Statistical return of the lunatic asylum in Assam - 1912-1932
Year: 1912
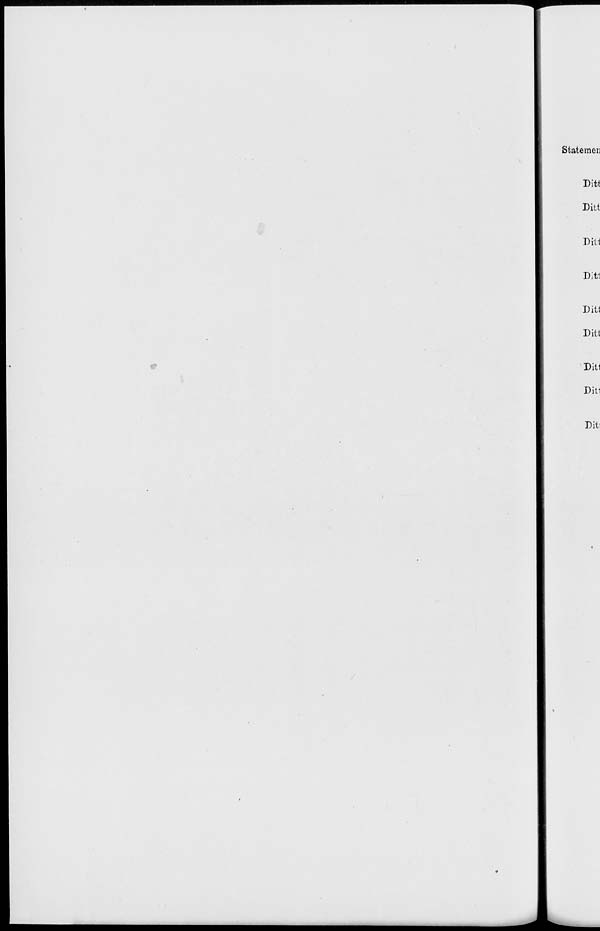
Statemen
Ditt
Ditt
Dili
Ditt
Ditt
Ditt
Ditt
Dit1
Dit